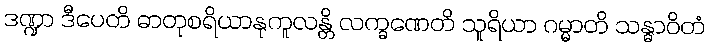
ဒဏ္ဍာ ဒီပေတိ ဓာတုစရိယာနုကူလန္တိ လက္ခဏေတိ သူရိယာ ဂမ္မာတိ သန္ဓာဝိတံ